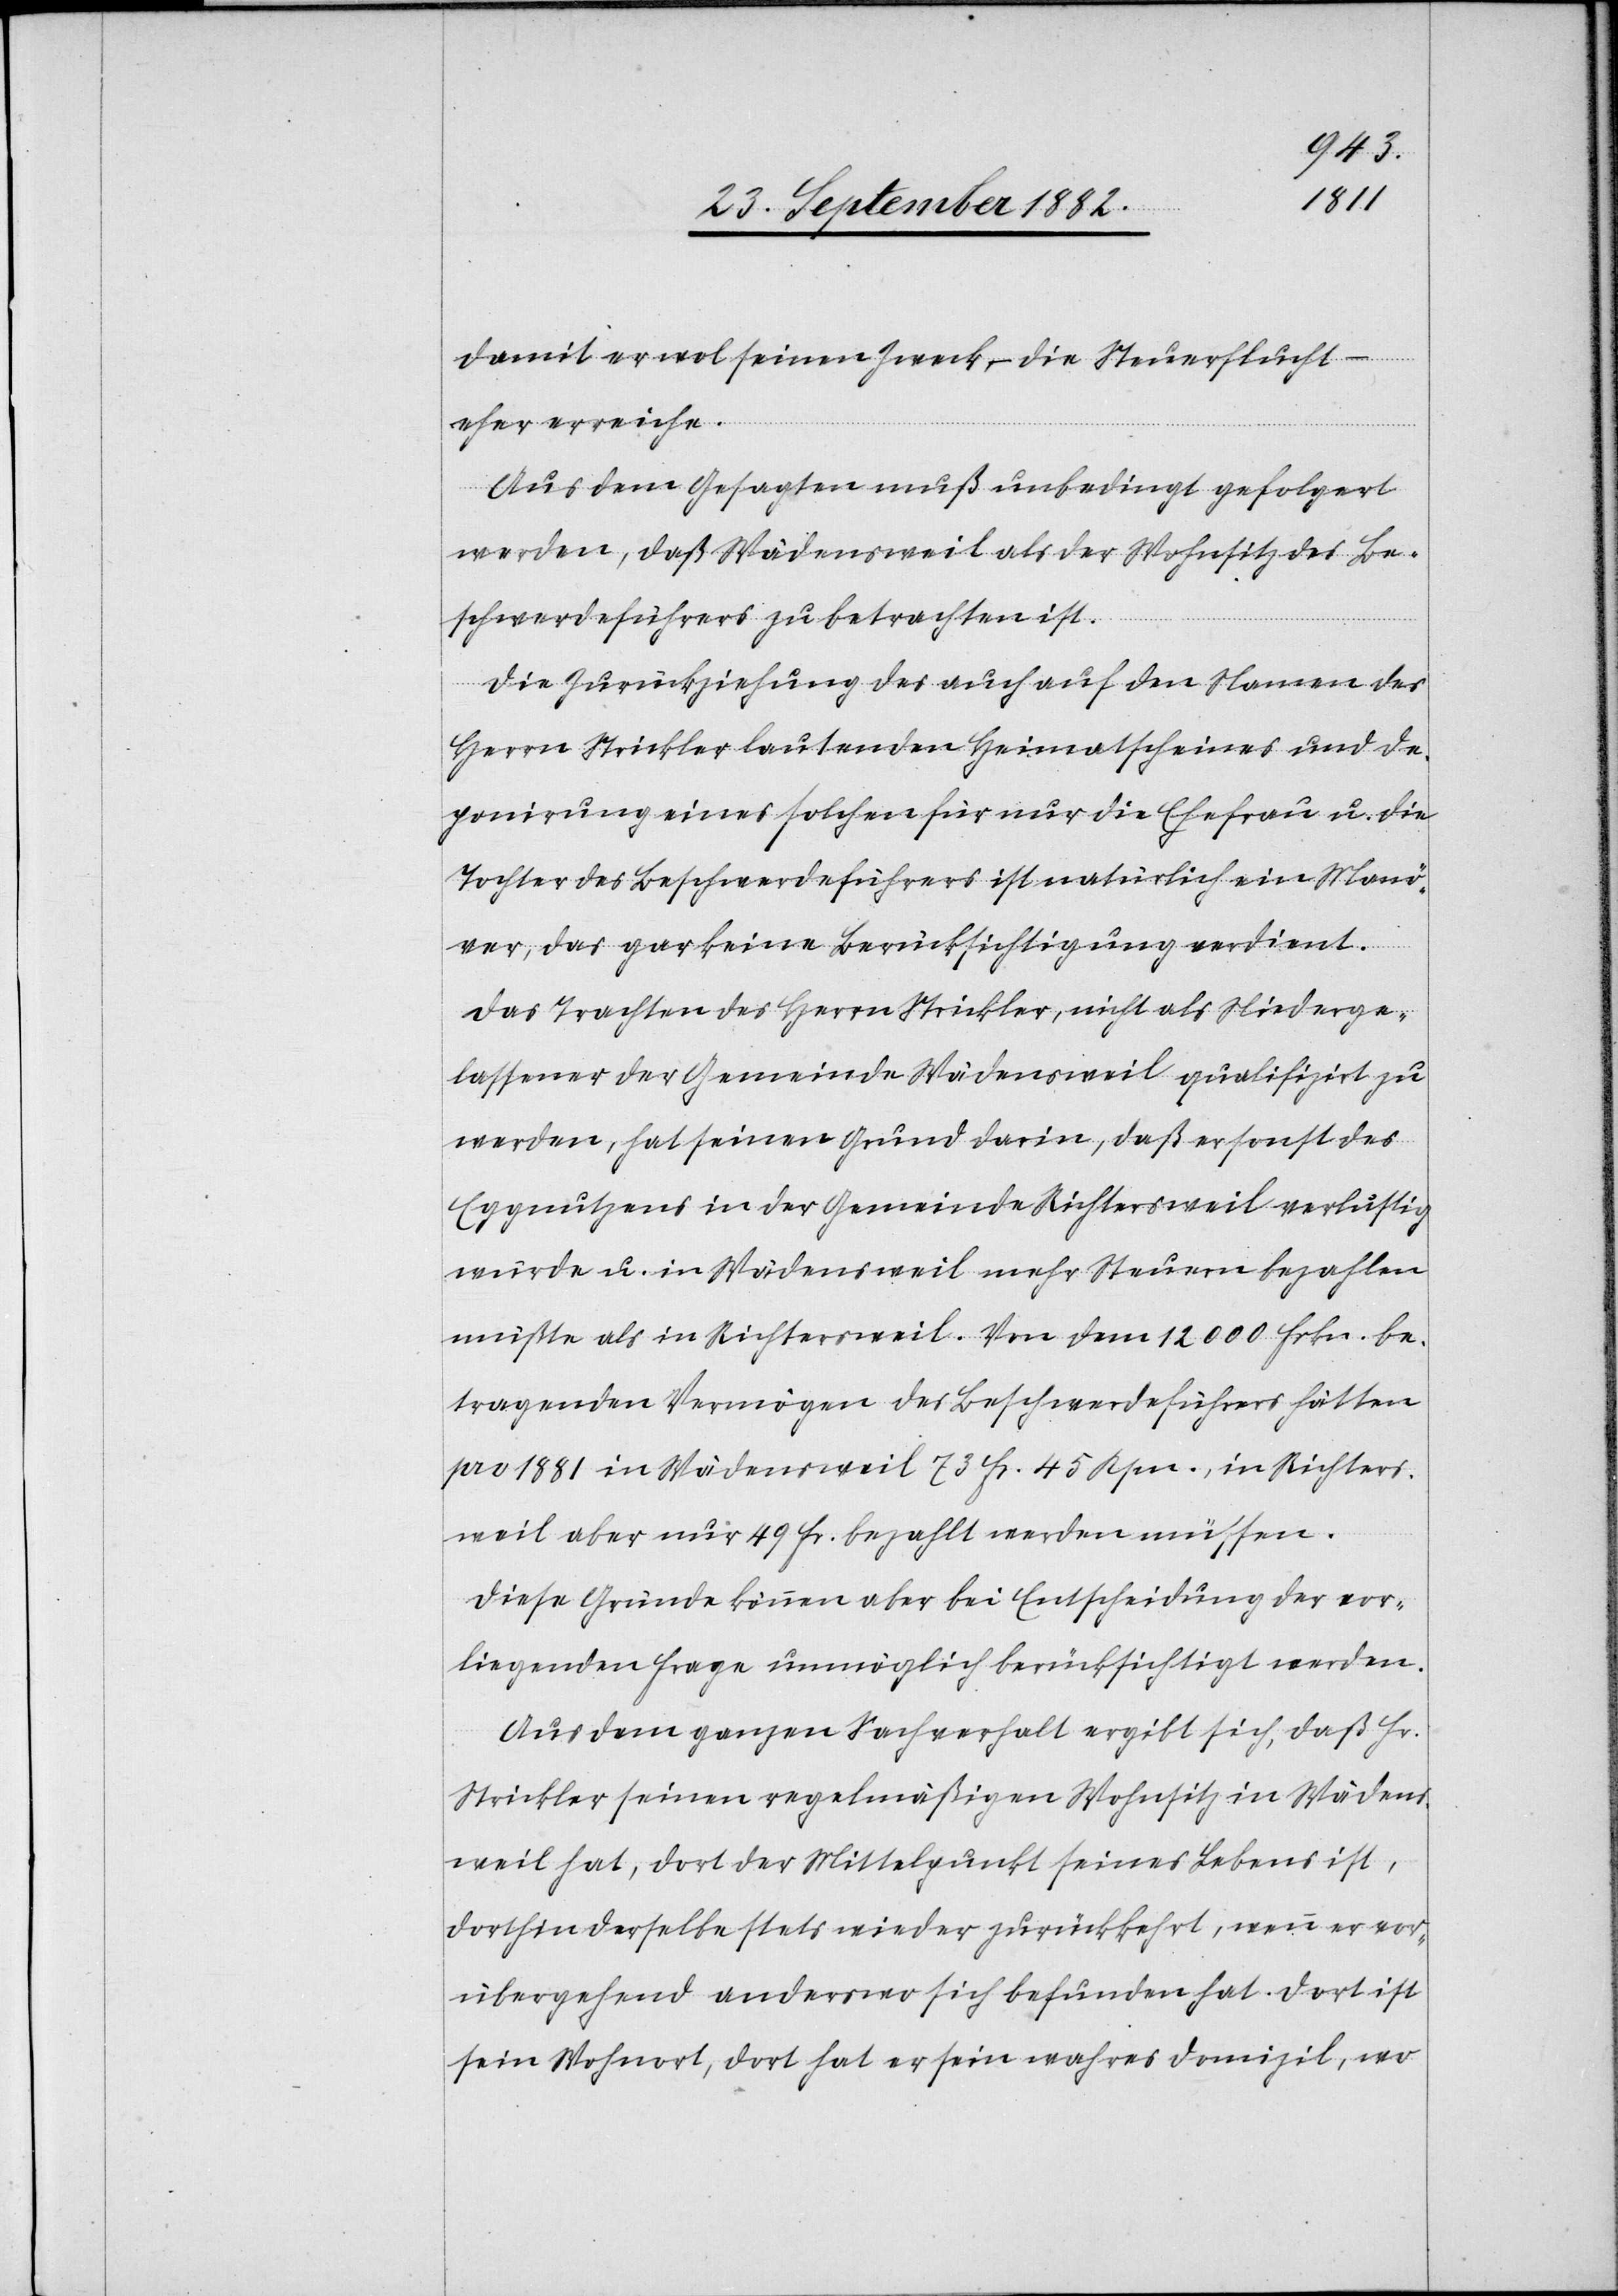
damit er wol seinen Zweck, – die Steuerflicht –
eher erreiche.
Aus dem Gesagten muß unbedingt gefolgert
werden, daß Wädensweil als der Wohnsitz des Be¬
schwerdeführers zu betrachten ist.
Die Zurückziehung des auch auf den Namen des
Herrn Strickler lautenden Heimatscheines und De¬
ponirung eines solchen für nur die Ehefrau u. die
Tochter des Beschwerdeführers ist natürlich ein Manö¬
ver, das gar keine Berücksichtigung verdient.
Das Trachten des Herrn Strickler, nicht als Niederge¬
lassener der Gemeinde Wädensweil qualifizirt zu
werden, hat seinen Grund darin, daß er sonst des
Eggnutzens in der Gemeinde Richtersweil verlustig
würde u. in Wädensweil mehr Steuern bezahlen
müßte als in Richtersweil. Von dem 12 000 Frkn. be¬
tragenden Vermögen des Beschwerdeführers hätten
pro 1880 in Wädensweil 73 Fr. 45 Rpn., in Richters¬
weil aber nur 49 Fr. bezahlt werden müssen.
Diese Gründe können aber bei Entscheidung der vor¬
liegenden Frage unmöglich berücksichtigt werden.
Aus dem ganzen Sachverhalt ergibt sich, daß Hr.
Strickler seinen regelmäßigen Wohnsitz in Wädens¬
weil hat, dort der Mittelpunktseines Lebens ist,
dorthin derselbe stets wieder zurückkehrt, wenn er vor¬
übergehend anderswo sich befunden hat. Dort ist
sein Wohnort, dort hat er sein wahres Domizil, wo